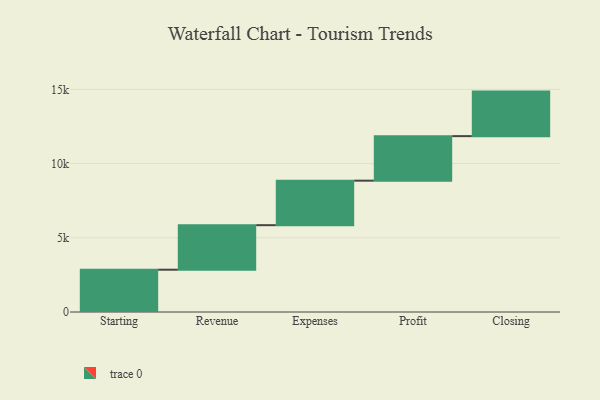
{"axis": {"x": "Step", "y": "Value"}, "legend": [""], "data": [{"x": "Starting", "y": 2849.0, "type": ""}, {"x": "Revenue", "y": 3000, "type": ""}, {"x": "Expenses", "y": 3000, "type": ""}, {"x": "Profit", "y": 3000, "type": ""}, {"x": "Closing", "y": 3000, "type": ""}]}